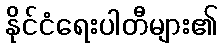
နိုင်ငံရေးပါတီများ၏